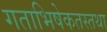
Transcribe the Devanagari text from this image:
गताभिषेकतस्तथा